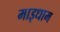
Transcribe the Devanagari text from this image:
माइधाम